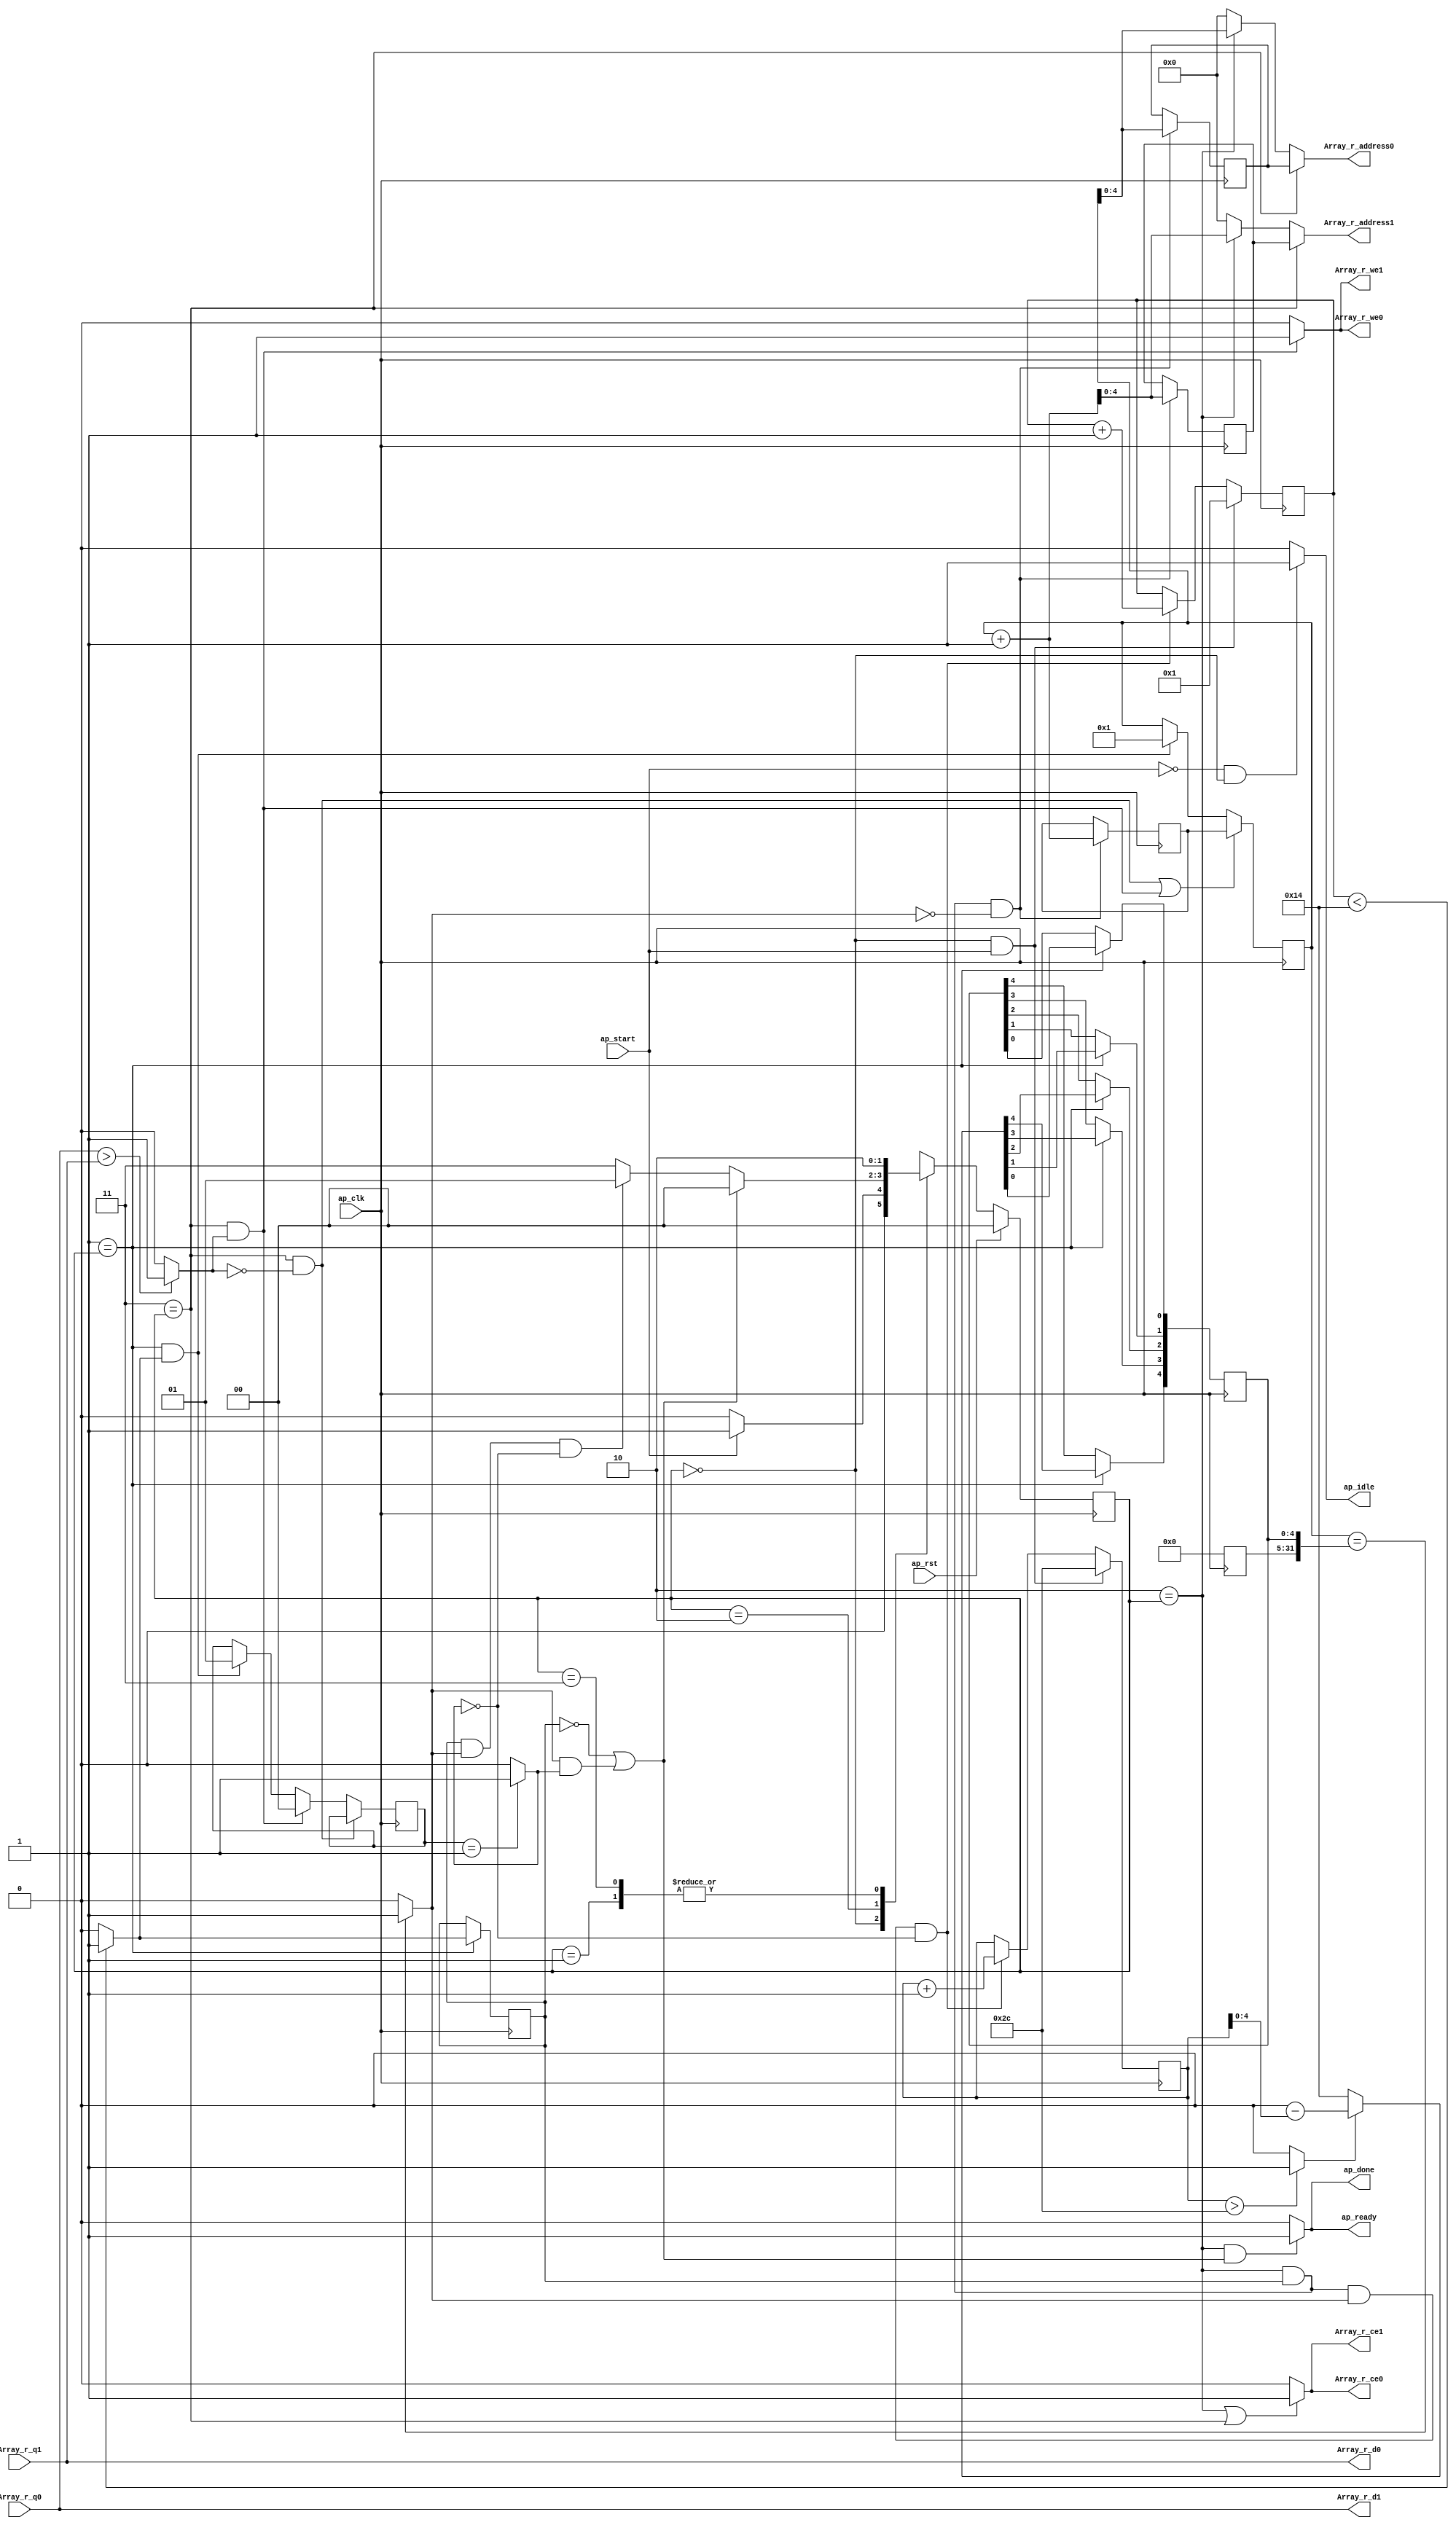
// ==============================================================
// RTL generated by Vivado(TM) HLS - High-Level Synthesis from C, C++ and SystemC
// Version: 2013.4
// Copyright (C) 2013 Xilinx Inc. All rights reserved.
// 
// ===========================================================

`timescale 1 ns / 1 ps 

/*(* CORE_GENERATION_INFO="bubblesort,hls_ip_2013_4,{HLS_INPUT_TYPE=c,HLS_INPUT_FLOAT=0,HLS_INPUT_FIXED=0,HLS_INPUT_PART=xc7vx980tffg1930-2l,HLS_INPUT_CLOCK=10.000000,HLS_INPUT_ARCH=others,HLS_SYN_CLOCK=4.780000,HLS_SYN_LAT=-1,HLS_SYN_TPT=none,HLS_SYN_MEM=0,HLS_SYN_DSP=0,HLS_SYN_FF=0,HLS_SYN_LUT=0}" *) */ // Commented out for VPR -Sharad

module bubblesort (
        ap_clk,
        ap_rst,
        ap_start,
        ap_done,
        ap_idle,
        ap_ready,
        Array_r_address0,
        Array_r_ce0,
        Array_r_we0,
        Array_r_d0,
        Array_r_q0,
        Array_r_address1,
        Array_r_ce1,
        Array_r_we1,
        Array_r_d1,
        Array_r_q1
);

input   ap_clk;
input   ap_rst;
input   ap_start;
output   ap_done;
output   ap_idle;
output   ap_ready;
output  [4:0] Array_r_address0;
output   Array_r_ce0;
output   Array_r_we0;
output  [31:0] Array_r_d0;
input  [31:0] Array_r_q0;
output  [4:0] Array_r_address1;
output   Array_r_ce1;
output   Array_r_we1;
output  [31:0] Array_r_d1;
input  [31:0] Array_r_q1;

reg ap_done;
reg ap_idle;
reg ap_ready;
reg[4:0] Array_r_address0;
reg Array_r_ce0;
reg Array_r_we0;
reg[4:0] Array_r_address1;
reg Array_r_ce1;
reg Array_r_we1;
reg   [1:0] ap_CS_fsm = 2'b00;
wire   [31:0] tmp_1_cast_fu_136_p1;
reg   [31:0] tmp_1_cast_reg_191;
wire   [0:0] tmp_2_fu_140_p2;
reg   [0:0] tmp_2_reg_196;
reg   [4:0] Array_addr_reg_203;
wire   [0:0] exitcond_fu_146_p2;
wire   [31:0] Index_1_fu_156_p2;
reg   [31:0] Index_1_reg_208;
reg   [4:0] Array_addr_1_reg_214;
wire   [4:0] i_1_fu_173_p2;
wire   [0:0] tmp_3_fu_167_p2;
wire   [5:0] indvars_iv_next_fu_179_p2;
reg   [5:0] indvars_iv_reg_57;
reg   [4:0] i_reg_69;
reg   [31:0] Index_reg_81;
wire   [0:0] tmp_7_fu_185_p2;
reg   [1:0] Sorted_reg_94;
wire   [63:0] tmp_4_fu_151_p1;
wire   [63:0] tmp_6_fu_162_p1;
wire   [4:0] tmp_5_fu_112_p1;
wire   [0:0] tmp_fu_116_p2;
wire   [4:0] indvars_iv_op_fu_122_p2;
wire   [4:0] tmp_1_fu_128_p3;
reg   [1:0] ap_NS_fsm;
parameter    ap_const_logic_1 = 1'b1;
parameter    ap_const_logic_0 = 1'b0;
parameter    ap_ST_st1_fsm_0 = 2'b00;
parameter    ap_ST_st2_fsm_1 = 2'b1;
parameter    ap_ST_st3_fsm_2 = 2'b10;
parameter    ap_ST_st4_fsm_3 = 2'b11;
parameter    ap_const_lv1_0 = 1'b0;
parameter    ap_const_lv6_2C = 6'b101100;
parameter    ap_const_lv5_1 = 5'b1;
parameter    ap_const_lv32_1 = 32'b1;
parameter    ap_const_lv2_1 = 2'b1;
parameter    ap_const_lv2_0 = 2'b00;
parameter    ap_const_lv5_0 = 5'b00000;
parameter    ap_const_lv5_14 = 5'b10100;
parameter    ap_const_lv6_1 = 6'b1;
parameter    ap_true = 1'b1;




/// the current state (ap_CS_fsm) of the state machine. ///
always @ (posedge ap_clk)
begin //: ap_ret_ap_CS_fsm						//Commented out block name for VPR -Sharad
    if (ap_rst == 1'b1) begin
        ap_CS_fsm <= ap_ST_st1_fsm_0;
    end else begin
        ap_CS_fsm <= ap_NS_fsm;
    end
end

/// assign process. ///
always @(posedge ap_clk)
begin
    if ((((ap_ST_st4_fsm_3 == ap_CS_fsm) & (ap_const_lv1_0 == tmp_7_fu_185_p2)) | ((ap_ST_st4_fsm_3 == ap_CS_fsm) & ~(ap_const_lv1_0 == tmp_7_fu_185_p2)))) begin
        Index_reg_81 <= Index_1_reg_208;
    end else if (((ap_ST_st2_fsm_1 == ap_CS_fsm) & ~(tmp_2_fu_140_p2 == ap_const_lv1_0))) begin
        Index_reg_81 <= ap_const_lv32_1;
    end
end

/// assign process. ///
always @(posedge ap_clk)
begin
    if (((ap_ST_st4_fsm_3 == ap_CS_fsm) & (ap_const_lv1_0 == tmp_7_fu_185_p2))) begin
        Sorted_reg_94 <= Sorted_reg_94;
    end else if (((ap_ST_st4_fsm_3 == ap_CS_fsm) & ~(ap_const_lv1_0 == tmp_7_fu_185_p2))) begin
        Sorted_reg_94 <= ap_const_lv2_0;
    end else if (((ap_ST_st2_fsm_1 == ap_CS_fsm) & ~(tmp_2_fu_140_p2 == ap_const_lv1_0))) begin
        Sorted_reg_94 <= ap_const_lv2_1;
    end
end

/// assign process. ///
always @(posedge ap_clk)
begin
    if (((ap_ST_st1_fsm_0 == ap_CS_fsm) & ~(ap_start == ap_const_logic_0))) begin
        i_reg_69 <= ap_const_lv5_1;
    end else if (((ap_ST_st3_fsm_2 == ap_CS_fsm) & ~(tmp_2_reg_196 == ap_const_lv1_0) & ~(ap_const_lv1_0 == exitcond_fu_146_p2) & (ap_const_lv1_0 == tmp_3_fu_167_p2))) begin
        i_reg_69 <= i_1_fu_173_p2;
    end
end

/// assign process. ///
always @(posedge ap_clk)
begin
    if (((ap_ST_st1_fsm_0 == ap_CS_fsm) & ~(ap_start == ap_const_logic_0))) begin
        indvars_iv_reg_57 <= ap_const_lv6_2C;
    end else if (((ap_ST_st3_fsm_2 == ap_CS_fsm) & ~(tmp_2_reg_196 == ap_const_lv1_0) & ~(ap_const_lv1_0 == exitcond_fu_146_p2) & (ap_const_lv1_0 == tmp_3_fu_167_p2))) begin
        indvars_iv_reg_57 <= indvars_iv_next_fu_179_p2;
    end
end

/// assign process. ///
always @(posedge ap_clk)
begin
    if (((ap_ST_st3_fsm_2 == ap_CS_fsm) & ~(tmp_2_reg_196 == ap_const_lv1_0) & (ap_const_lv1_0 == exitcond_fu_146_p2))) begin
        Array_addr_1_reg_214 <= tmp_6_fu_162_p1;
        Array_addr_reg_203 <= tmp_4_fu_151_p1;
        Index_1_reg_208 <= Index_1_fu_156_p2;
    end
end

/// assign process. ///
always @(posedge ap_clk)
begin
    if ((ap_ST_st2_fsm_1 == ap_CS_fsm)) begin
        tmp_1_cast_reg_191[0] <= tmp_1_cast_fu_136_p1[0];
tmp_1_cast_reg_191[1] <= tmp_1_cast_fu_136_p1[1];
tmp_1_cast_reg_191[2] <= tmp_1_cast_fu_136_p1[2];
tmp_1_cast_reg_191[3] <= tmp_1_cast_fu_136_p1[3];
tmp_1_cast_reg_191[4] <= tmp_1_cast_fu_136_p1[4];
        tmp_2_reg_196 <= tmp_2_fu_140_p2;
    end
end

/// Array_r_address0 assign process. ///
always @ (ap_CS_fsm or Array_addr_reg_203 or tmp_4_fu_151_p1)
begin
    if ((ap_ST_st4_fsm_3 == ap_CS_fsm)) begin
        Array_r_address0 = Array_addr_reg_203;
    end else if ((ap_ST_st3_fsm_2 == ap_CS_fsm)) begin
        Array_r_address0 = tmp_4_fu_151_p1;
    end else begin
        //Array_r_address0 = 'bx;					//Original Vivado HLS code changed to the line that follows for VPR
		Array_r_address0 = 'b0;						//Added by Sharad
    end
end

/// Array_r_address1 assign process. ///
always @ (ap_CS_fsm or Array_addr_1_reg_214 or tmp_6_fu_162_p1)
begin
    if ((ap_ST_st4_fsm_3 == ap_CS_fsm)) begin
        Array_r_address1 = Array_addr_1_reg_214;
    end else if ((ap_ST_st3_fsm_2 == ap_CS_fsm)) begin
        Array_r_address1 = tmp_6_fu_162_p1;
    end else begin
        //Array_r_address1 = 'bx;					//Original Vivado HLS code changed to the line that follows for VPR
		Array_r_address1 = 'b0;						//Added by Sharad
    end
end

/// Array_r_ce0 assign process. ///
always @ (ap_CS_fsm)
begin
    if (((ap_ST_st3_fsm_2 == ap_CS_fsm) | (ap_ST_st4_fsm_3 == ap_CS_fsm))) begin
        Array_r_ce0 = ap_const_logic_1;
    end else begin
        Array_r_ce0 = ap_const_logic_0;
    end
end

/// Array_r_ce1 assign process. ///
always @ (ap_CS_fsm)
begin
    if (((ap_ST_st3_fsm_2 == ap_CS_fsm) | (ap_ST_st4_fsm_3 == ap_CS_fsm))) begin
        Array_r_ce1 = ap_const_logic_1;
    end else begin
        Array_r_ce1 = ap_const_logic_0;
    end
end

/// Array_r_we0 assign process. ///
always @ (ap_CS_fsm or tmp_7_fu_185_p2)
begin
    if (((ap_ST_st4_fsm_3 == ap_CS_fsm) & ~(ap_const_lv1_0 == tmp_7_fu_185_p2))) begin
        Array_r_we0 = ap_const_logic_1;
    end else begin
        Array_r_we0 = ap_const_logic_0;
    end
end

/// Array_r_we1 assign process. ///
always @ (ap_CS_fsm or tmp_7_fu_185_p2)
begin
    if (((ap_ST_st4_fsm_3 == ap_CS_fsm) & ~(ap_const_lv1_0 == tmp_7_fu_185_p2))) begin
        Array_r_we1 = ap_const_logic_1;
    end else begin
        Array_r_we1 = ap_const_logic_0;
    end
end

/// ap_done assign process. ///
always @ (ap_CS_fsm or tmp_2_reg_196 or exitcond_fu_146_p2 or tmp_3_fu_167_p2)
begin
    if (((ap_ST_st3_fsm_2 == ap_CS_fsm) & ((tmp_2_reg_196 == ap_const_lv1_0) | (~(ap_const_lv1_0 == exitcond_fu_146_p2) & ~(ap_const_lv1_0 == tmp_3_fu_167_p2))))) begin
        ap_done = ap_const_logic_1;
    end else begin
        ap_done = ap_const_logic_0;
    end
end

/// ap_idle assign process. ///
always @ (ap_start or ap_CS_fsm)
begin
    if ((~(ap_const_logic_1 == ap_start) & (ap_ST_st1_fsm_0 == ap_CS_fsm))) begin
        ap_idle = ap_const_logic_1;
    end else begin
        ap_idle = ap_const_logic_0;
    end
end

/// ap_ready assign process. ///
always @ (ap_CS_fsm or tmp_2_reg_196 or exitcond_fu_146_p2 or tmp_3_fu_167_p2)
begin
    if (((ap_ST_st3_fsm_2 == ap_CS_fsm) & ((tmp_2_reg_196 == ap_const_lv1_0) | (~(ap_const_lv1_0 == exitcond_fu_146_p2) & ~(ap_const_lv1_0 == tmp_3_fu_167_p2))))) begin
        ap_ready = ap_const_logic_1;
    end else begin
        ap_ready = ap_const_logic_0;
    end
end
always @ (ap_start or ap_CS_fsm or tmp_2_reg_196 or exitcond_fu_146_p2 or tmp_3_fu_167_p2)
begin
    case (ap_CS_fsm)
        ap_ST_st1_fsm_0 : 
            if (~(ap_start == ap_const_logic_0)) begin
                ap_NS_fsm = ap_ST_st2_fsm_1;
            end else begin
                ap_NS_fsm = ap_ST_st1_fsm_0;
            end
        ap_ST_st2_fsm_1 : 
            ap_NS_fsm = ap_ST_st3_fsm_2;
        ap_ST_st3_fsm_2 : 
            if (((tmp_2_reg_196 == ap_const_lv1_0) | (~(ap_const_lv1_0 == exitcond_fu_146_p2) & ~(ap_const_lv1_0 == tmp_3_fu_167_p2)))) begin
                ap_NS_fsm = ap_ST_st1_fsm_0;
            end else if ((~(tmp_2_reg_196 == ap_const_lv1_0) & ~(ap_const_lv1_0 == exitcond_fu_146_p2) & (ap_const_lv1_0 == tmp_3_fu_167_p2))) begin
                ap_NS_fsm = ap_ST_st2_fsm_1;
            end else begin
                ap_NS_fsm = ap_ST_st4_fsm_3;
            end
        ap_ST_st4_fsm_3 : 
            ap_NS_fsm = ap_ST_st3_fsm_2;
        default : 
            //ap_NS_fsm = 'bx;					//Original Vivado HLS code changed to the line that follows for VPR
			ap_NS_fsm = 'b0;					//Added by Sharad for VPR
    endcase
end
assign Array_r_d0 = Array_r_q1;
assign Array_r_d1 = Array_r_q0;
assign Index_1_fu_156_p2 = (Index_reg_81 + ap_const_lv32_1);
assign exitcond_fu_146_p2 = (Index_reg_81 == tmp_1_cast_reg_191? 1'b1: 1'b0);
assign i_1_fu_173_p2 = (i_reg_69 + ap_const_lv5_1);
assign indvars_iv_next_fu_179_p2 = (indvars_iv_reg_57 + ap_const_lv6_1);
assign indvars_iv_op_fu_122_p2 = (ap_const_lv5_0 - tmp_5_fu_112_p1);
//assign tmp_1_cast_fu_136_p1 = $unsigned(tmp_1_fu_128_p3);    			//Vivado-HLS
assign tmp_1_cast_fu_136_p1 = tmp_1_fu_128_p3;						//Added by Sharad for VPR
assign tmp_1_fu_128_p3 = ((tmp_fu_116_p2)? indvars_iv_op_fu_122_p2: ap_const_lv5_14);
assign tmp_2_fu_140_p2 = (i_reg_69 < ap_const_lv5_14? 1'b1: 1'b0);
assign tmp_3_fu_167_p2 = (Sorted_reg_94 == ap_const_lv2_1? 1'b1: 1'b0);
//assign tmp_4_fu_151_p1 = $signed(Index_reg_81);						//Vivado-HLS
assign tmp_4_fu_151_p1 = Index_reg_81;								//Added by Sharad for VPR
assign tmp_5_fu_112_p1 = indvars_iv_reg_57[4:0];
//assign tmp_6_fu_162_p1 = $signed(Index_1_fu_156_p2);					//Vivado-HLS
assign tmp_6_fu_162_p1 = Index_1_fu_156_p2;							//Added by Sharad for VPR

//assign tmp_7_fu_185_p2 = ($signed(Array_r_q0) > $signed(Array_r_q1)? 1'b1: 1'b0); //Vivado-HLS
assign tmp_7_fu_185_p2 = (Array_r_q0) > (Array_r_q1)? 1'b1: 1'b0;					//Added by Sharad for VPR
assign tmp_fu_116_p2 = (indvars_iv_reg_57 > ap_const_lv6_2C? 1'b1: 1'b0);
always @ (posedge ap_clk)
begin
    tmp_1_cast_reg_191[31:5] <= 27'b000000000000000000000000000;
end



endmodule //bubblesort